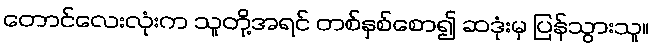
တောင်လေးလုံးက သူတို့အရင် တစ်နှစ်စော၍ ဆဒုံးမှ ပြန်သွားသူ။